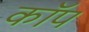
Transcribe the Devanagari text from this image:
काॅप